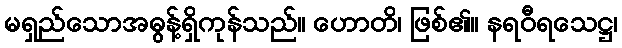
မရှည်သောအဓွန့်ရှိကုန်သည်။ ဟောတိ၊ ဖြစ်၏။ နရဝီရသေဋ္ဌ၊